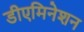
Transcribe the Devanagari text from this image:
डीएमिनेशन